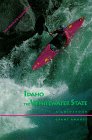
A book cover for Idaho the Whitewater State; Grant Amaral; Sports & Outdoors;